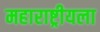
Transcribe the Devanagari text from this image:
महाराष्ट्रीयला